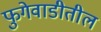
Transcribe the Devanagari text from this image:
फुगेवाडीतील